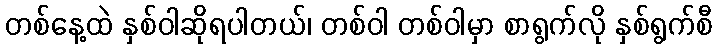
တစ်နေ့ထဲ နှစ်ဝါဆိုရပါတယ်၊ တစ်ဝါ တစ်ဝါမှာ စာရွက်လို နှစ်ရွက်စီ